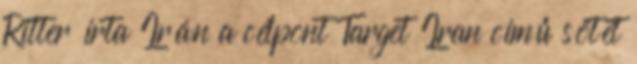
Ritter írta Irán a célpont Target Iran című sötét